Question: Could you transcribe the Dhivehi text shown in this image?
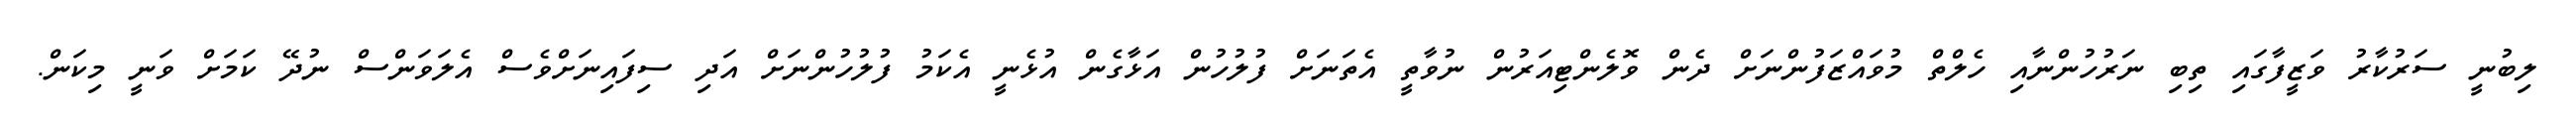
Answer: ލިބުނީ ސަރުކާރު ވަޒީފާގައި ތިބި ނަރުހުންނާއި ހެލްތް މުވައްޒަފުންނަށް ދެން ވޮލެންޓިއަރުން ނުވާތީ އެތަނަށް ފުލުހުން އަޅާގެން އުޅެނީ އެކަމު ފުލުހުންނަށް އަދި ސިފައިނަށްވެސް އެލަވަންސް ނުދޭ ކަމަށް ވަނީ މިކަން.